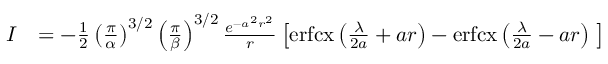
\begin{array} { r l } { I } & { = - \frac { 1 } { 2 } \left( \frac { \pi } { \alpha } \right) ^ { 3 / 2 } \left( \frac { \pi } { \beta } \right) ^ { 3 / 2 } \frac { e ^ { - a ^ { 2 } r ^ { 2 } } } { r } \left[ \mathrm { e r f c x } \left( \frac { \lambda } { 2 a } + a r \right) - \mathrm { e r f c x } \left( \frac { \lambda } { 2 a } - a r \right) \; \right] } \end{array}